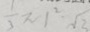
\frac { 1 } { 3 } \pi 1 ^ { 2 } \cdot \sqrt { 3 }